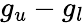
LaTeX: g_{u}-g_{l}